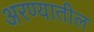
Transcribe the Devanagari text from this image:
अरण्यातील